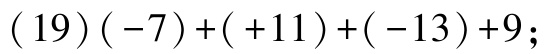
\((19)(-7)+( +11)+( -13)+9\)